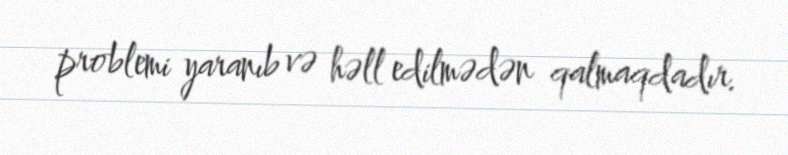
problemi yaranıb və həll edilmədən qalmaqdadır.